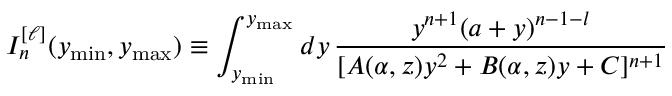
I _ { n } ^ { [ \ell ] } ( y _ { \mathrm { m i n } } , y _ { \mathrm { m a x } } ) \equiv \int _ { y _ { \mathrm { m i n } } } ^ { y _ { \mathrm { m a x } } } d y \, \frac { y ^ { n + 1 } ( a + y ) ^ { n - 1 - l } } { [ A ( \alpha , z ) y ^ { 2 } + B ( \alpha , z ) y + C ] ^ { n + 1 } }